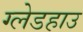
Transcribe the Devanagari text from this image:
ग्लेडहाउ